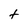
Character: t